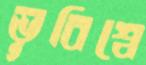
ভূবিশ্বে